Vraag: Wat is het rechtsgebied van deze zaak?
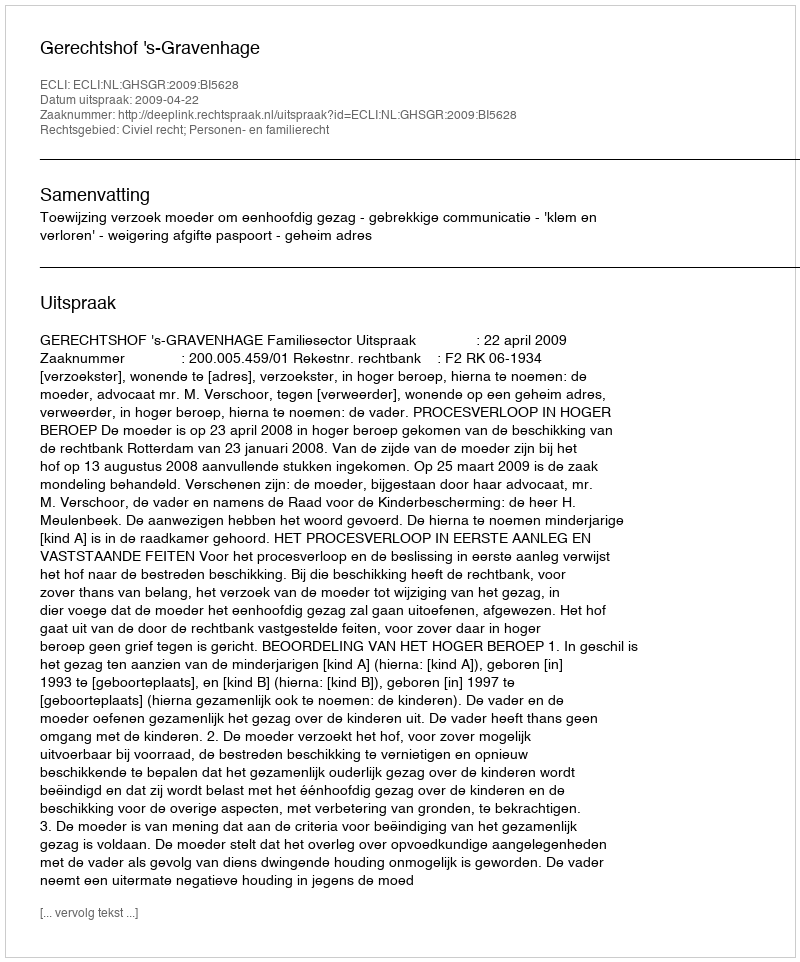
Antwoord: Civiel recht; Personen- en familierecht